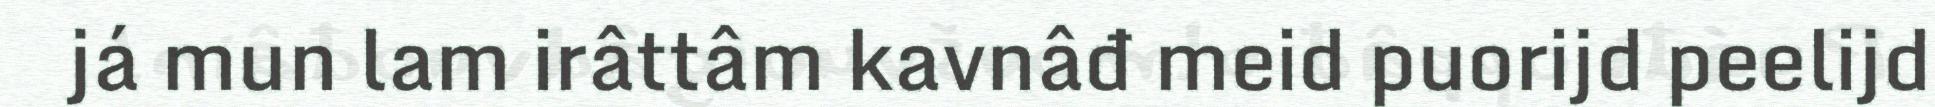
já mun lam irâttâm kavnâđ meid puorijd peelijd